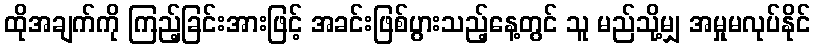
ထိုအချက်ကို ကြည့်ခြင်းအားဖြင့် အခင်းဖြစ်ပွားသည့်နေ့တွင် သူ မည်သို့မျှ အမှုမလုပ်နိုင်